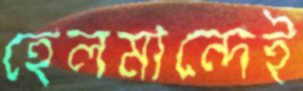
হেলমান্দেই